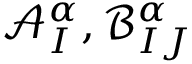
\mathcal { A } _ { I } ^ { \alpha } , \mathcal { B } _ { I J } ^ { \alpha }